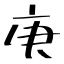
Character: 庚